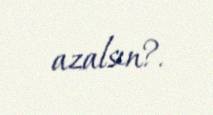
azalsın?.